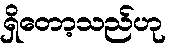
ရှိတော့သည်ဟု